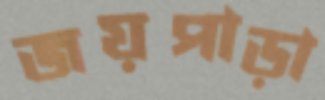
জয়পাড়া